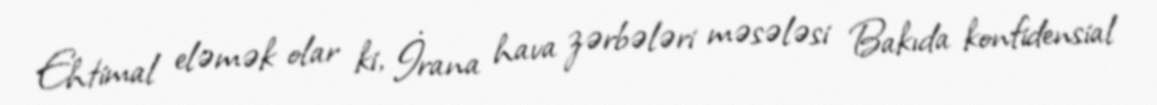
Ehtimal eləmək olar ki, İrana hava zərbələri məsələsi Bakıda konfidensial